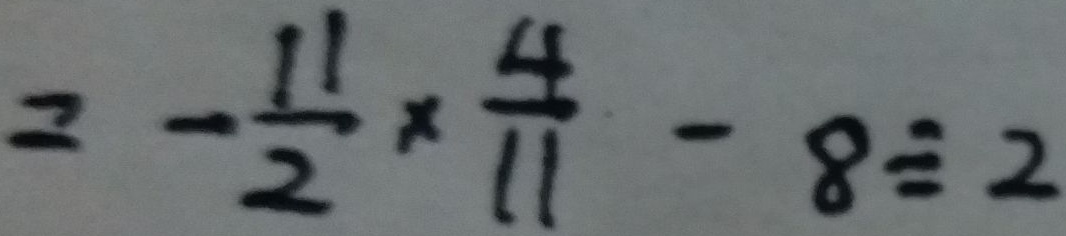
= - \frac { 1 1 } { 2 } \times \frac { 4 } { 1 1 } - 8 \div 2